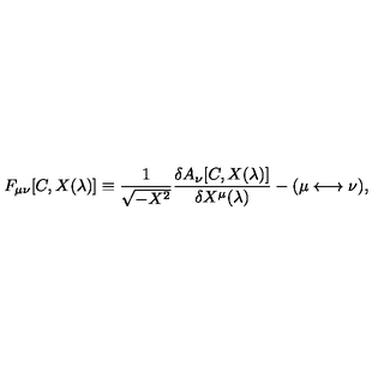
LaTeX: F _ { \mu \nu } [ C , X ( \lambda ) ] \equiv { \frac { 1 } { \sqrt { - X ^ { 2 } } } } { \frac { \delta A _ { \nu } [ C , X ( \lambda ) ] } { \delta X ^ { \mu } ( \lambda ) } } - ( \mu \longleftrightarrow \nu ) ,